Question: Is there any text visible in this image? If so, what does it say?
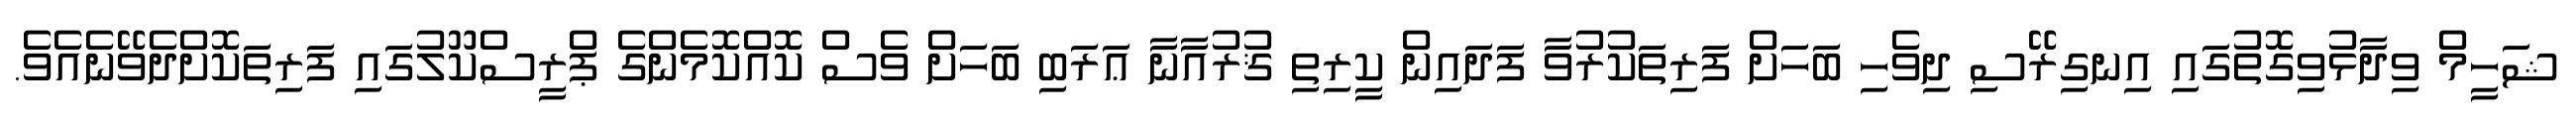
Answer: ޝަހީމް ވިދާޅުވިގޮތުގައި އިނގިރޭސި ދިވެހި ބަހަށް ފަރިތަކުރުވާ ފަދައިން ކީރިތި ޤުރުއާނާ ޢަރަބި ބަހަށް ވެސް ކޮއްކޮމެންގެ ޕްރީސްކޫލުގައި ފަރިތަކޮށްދެވޭނެއެވެ.